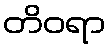
တိဝရာ